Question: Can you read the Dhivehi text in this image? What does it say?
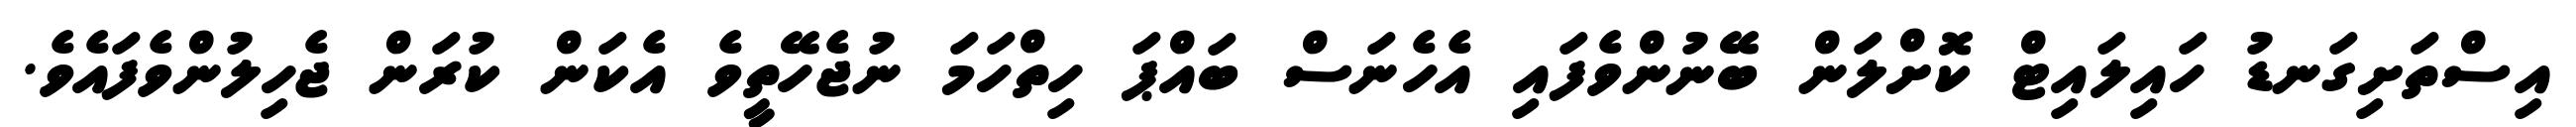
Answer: އިސްތަށިގަނޑު ހައިލައިޓް ކޮށްލަން ބޭނުންވެފައި އެހެނަސް ބައްޕަ ހިތްހަމަ ނުޖެހޭތީވެ އެކަން ކުރަން ޖެހިލުންވެފައެވެ.